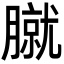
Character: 𦠢